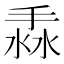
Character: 𢯣